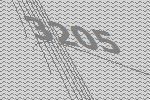
3205